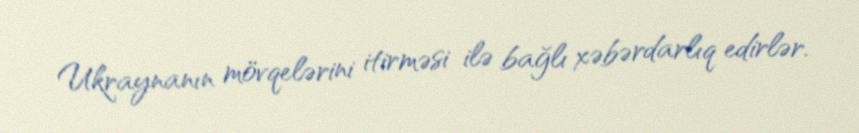
Ukraynanın mövqelərini itirməsi ilə bağlı xəbərdarlıq edirlər.